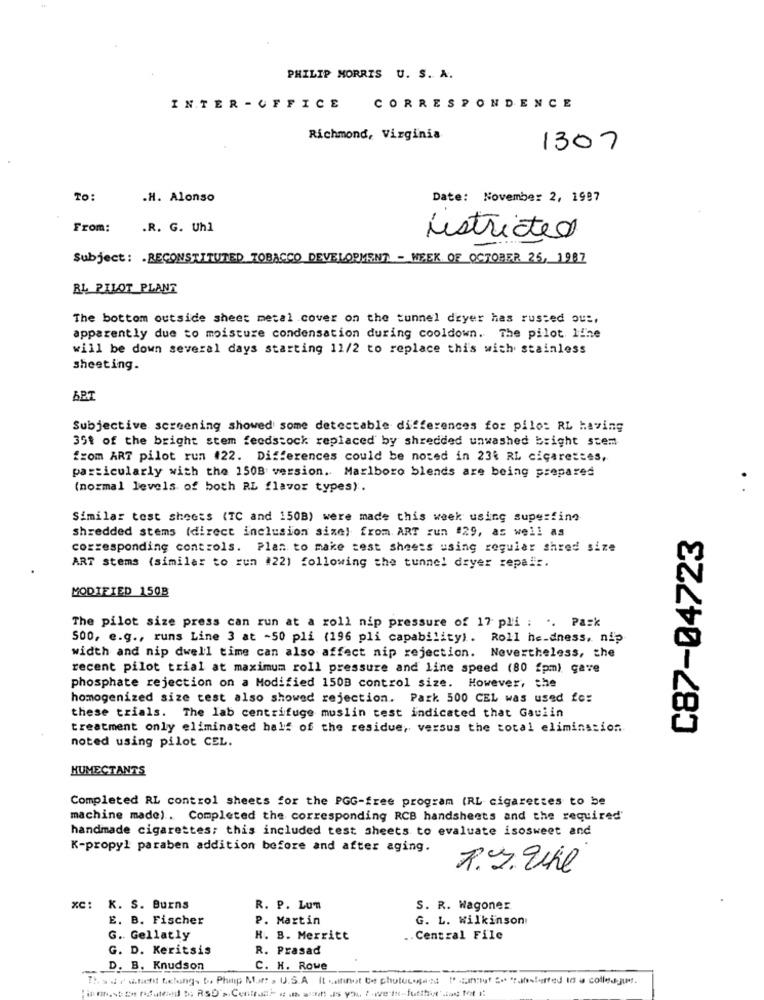
PHILIP MORRIS U. S. A.
INTER - OFFICE
CORRESPONDENCE
Richmond, Virginia
1307
TO:
.H. Alonso
Date: November 2, 1987
From:
.R. G. Uhl
instructed
Subject: RECONSTITUTED TOBACCO DEVELOPMENT - WEEK OF OCTOBER 25, 1987
BL PILOT PLANT
The bottom outside sheet metal cover on the tunnel deyer has rusted ou :,
apparently due to moisture condensation during cooldown. The pilot. Ifhe
will be down several days starting 11/2 to replace this with stainless
sheeting.
Subjective screening showed some detectable differences for pilo: RL having
35% of the bright stem feedstock replaced by shredded unwashed bright stem
from ART pilot run #22. Differences could be noted in 234 RL cigarettes,
particularly with the 150B version. Marlboro blends are being prepared
(normal levels of both RL flavor types).
Similar test sheets (TC and 150B) were made this week using superfino
shredded stems (direct inclusion size) from. ART zun #29, as well as
C87-04723
corresponding controls. Plan to make test sheets using regular shred size
ART stems (similar to run #22) following the tunnel dryer repair.
MODIFIED 150B
The pilot size press can run at a roll nip pressure of 17 pli : .. Pack
500, e.g ., runs Line 3 at -50 pli (196 pli capability). Roll he-dness, nip
width and nip dwell time can also affect nip rejection. Nevertheless, the
recent pilot trial at maximum roll pressure and line speed (80 fpm) gave
phosphate rejection on a Modified 150B control size. However, the
homogenized size test also showed rejection. Park 500 CEL was used fo:
these trials. The lab centrifuge muslin test indicated that Gaviin
treatment only eliminated half of the residue, versus the total elimination ..
noted using pilot CEL.
HUMECTANTS
Completed RL control sheets for the PGG-free program (RL cigarettes to be
machine made). Completed the corresponding RCB handsheets and the required'
handmade cigarettes; this included test sheets to evaluate isosweet and
K-propyl paraben addition before and after aging.
R.J. The
xc: K. S. Burns
R. P. Lun
S. R. Wagoner
E. B. Fischer
P. Martin
G. L. Wilkinson
G. Gellatly
H. B. Merritt
.. Central File
G. D. Keritsis
R. Prasad
D. B. Knudson
C. H. Rowe
The de w.tiefit Leking. b. Philip Mar: . U.S.A. It kallinot te photocopies Dannut Se "raboterfed to a colleague.